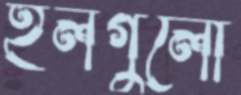
হলগুলো